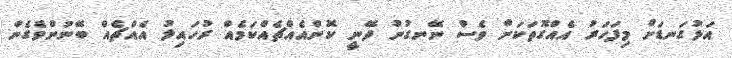
އަޅުގަނޑަށް މިފަހަރު އެއްގޮތަކަށް ވެސް ނޭނގުނު ދޭނީ ކޮންއެއްޗެއްކަމެއް ރުހައިލު އެއްޗެއް ބޭނުންވެގެން